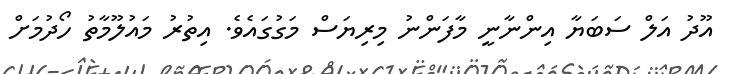
އޫދު އަލް ސަބަޔާ އިންނާނީ މާފަންނު މިރިޔަސް މަގުގައެވެ. އިތުރު މައުލޫމާތު ހޯދުމަށް